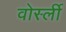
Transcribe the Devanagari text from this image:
वोर्स्ली